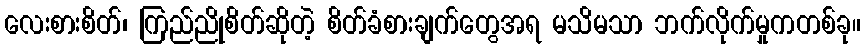
လေးစားစိတ်၊ ကြည်ညိုစိတ်ဆိုတဲ့ စိတ်ခံစားချက်တွေအရ မသိမသာ ဘက်လိုက်မှုကတစ်ခု။